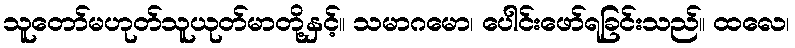
သူတော်မဟုတ်သူယုတ်မာတို့နှင့်။ သမာဂမော၊ ပေါင်းဖော်ရခြင်းသည်။ ထလေ၊